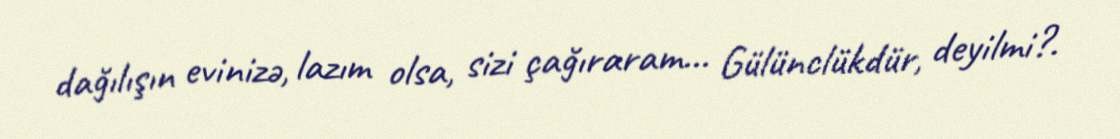
dağılışın evinizə, lazım olsa, sizi çağıraram... Gülünclükdür, deyilmi?.